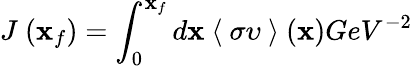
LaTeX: J~(\mathbf{x}_{f})=\int_{0}^{\mathbf{x}_{f}}d\mathbf{x}~\langle~\sigma\upsilon~\rangle~(\mathbf{x})GeV^{-2}